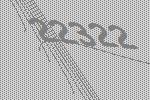
22322